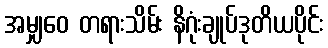
အမျှဝေ တရားသိမ်း နိဂုံးချုပ်ဒုတိယပိုင်း